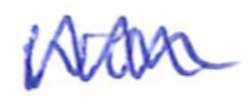
Text: won
Cross-out: zig-zag
Writing tool: ballpoint